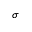
\sigma